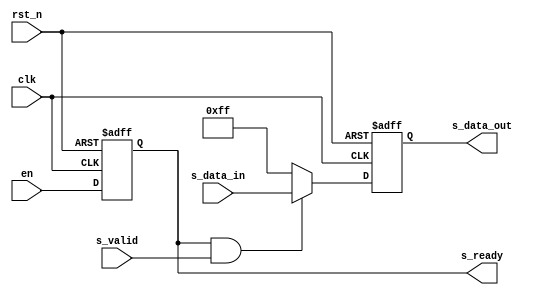
module slave#( parameter WIDTH = 8)(
	input clk,
	input rst_n,
	input en,
	input s_valid,
	input [WIDTH-1:0] s_data_in,
	output reg s_ready,
	output reg [WIDTH-1:0] s_data_out
);

	always @(posedge clk or negedge rst_n) begin
		if (!rst_n) begin
			s_ready <= 1'b0;
		end
		else begin
			s_ready <= en;
		end
	end

    always@ (posedge clk or negedge rst_n) begin
        if (!rst_n)
            s_data_out <= {WIDTH{1'b0}};                 
        else if (s_ready && s_valid)
            s_data_out <= s_data_in;              
        else 
            s_data_out <= {WIDTH{1'b1}};
    end      

endmodule